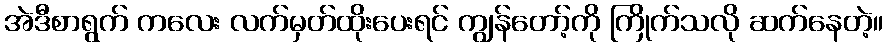
အဲဒီစာရွက် ကလေး လက်မှတ်ထိုးပေးရင် ကျွန်တော့်ကို ကြိုက်သလို ဆက်နေတဲ့။